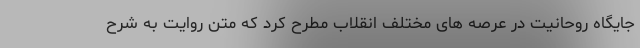
جایگاه روحانیت در عرصه های مختلف انقلاب مطرح کرد که متن روایت به شرح